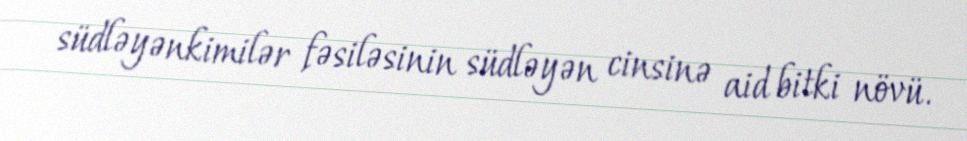
südləyənkimilər fəsiləsinin südləyən cinsinə aid bitki növü.